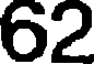
62